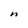
Character: n